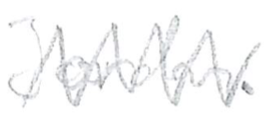
Text: Jordan.
Cross-out: zig-zag
Writing tool: pencil